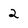
Character: 2